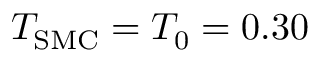
T _ { \mathrm { S M C } } = T _ { 0 } = 0 . 3 0